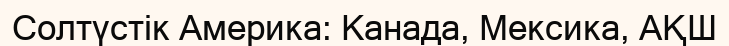
Солтүстік Америка: Канада, Мексика, АҚШ